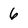
Character: 6